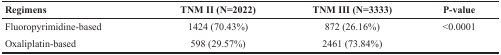
| Regimens | TNM II (N=2022) | TNM III (N=3333) | P-value |
 | --- | --- | --- | --- |
 | Fluoropyrimidine-based | 1424 (70.43%) | 872 (26.16%) | <0.0001 |
 | Oxaliplatin-based | 598 (29.57%) | 2461 (73.84%) |  |